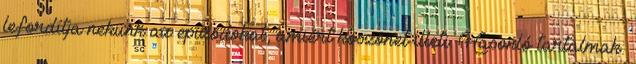
lefordítja nekünk az epizódokat, amiért köszönet illeti. Hasonló tartalmak: